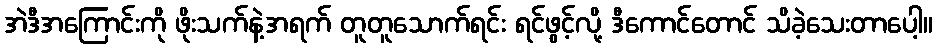
အဲဒီအကြောင်းကို ဖိုးသက်နဲ့အရက် တူတူသောက်ရင်း ရင်ဖွင့်လို့ ဒီကောင်တောင် သိခဲ့သေးတာပေါ့။